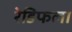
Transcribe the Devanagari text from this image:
रेडिफला